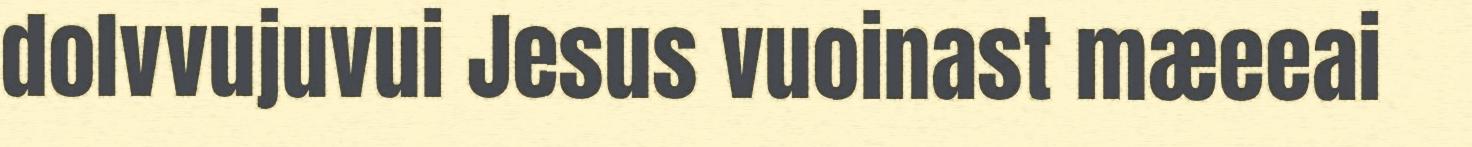
dolvvujuvui Jesus vuoinast mæeeai